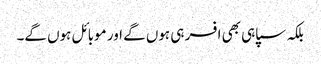
بلکہ سپاہی بھی افسر ہی ہوں گے اور موبائل ہوں گے۔